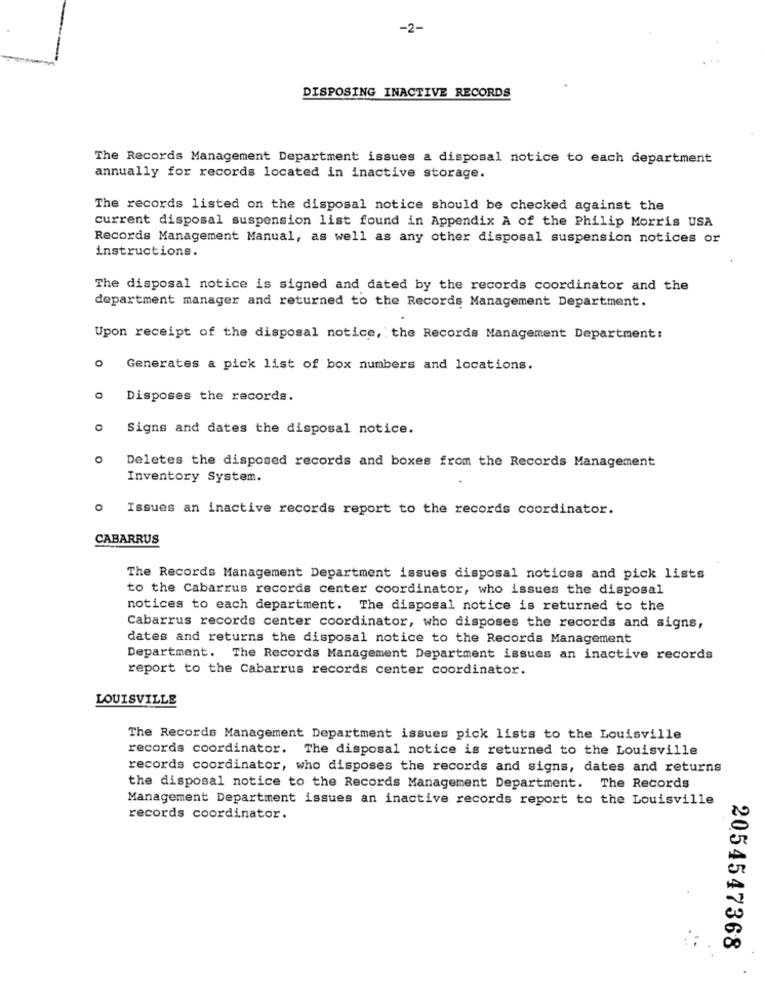
-2-
DISPOSING INACTIVE RECORDS
The Records Management Department issues a disposal notice to each department
annually for records located in inactive storage.
The records listed on the disposal notice should be checked against the
current disposal suspension list found in Appendix A of the Philip Morris USA
Records Management Manual, as well as any other disposal suspension notices or
instructions.
The disposal notice is signed and dated by the records coordinator and the
department manager and returned to the Records Management Department.
Upon receipt of the disposal notice, the Records Management Department:
Generates a pick list of box numbers and locations.
Disposes the records.
Signs and dates the disposal notice.
Deletes the disposed records and boxes from the Records Management
Inventory System.
Issues an inactive records report to the records coordinator.
CABARRUS
The Records Management Department issues disposal notices and pick lists
to the Cabarrus records center coordinator, who issues the disposal
notices to each department. The disposal notice is returned to the
Cabarrus records center coordinator, who disposes the records and signs,
dates and returns the disposal notice to the Records Management
Department. The Records Management Department issues an inactive records
report to the Cabarrus records center coordinator.
LOUISVILLE
The Records Management Department issues pick lists to the Louisville
records coordinator. The disposal notice is returned to the Louisville
records coordinator, who disposes the records and signs, dates and returns
the disposal notice to the Records Management Department.
The Records
Management Department issues an inactive records report to the Louisville
records coordinator.
2054547368